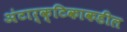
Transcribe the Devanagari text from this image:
अंटार्क्टिकाकडील